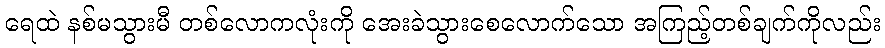
ရေထဲ နစ်မသွားမီ တစ်လောကလုံးကို အေးခဲသွားစေလောက်သော အကြည့်တစ်ချက်ကိုလည်း